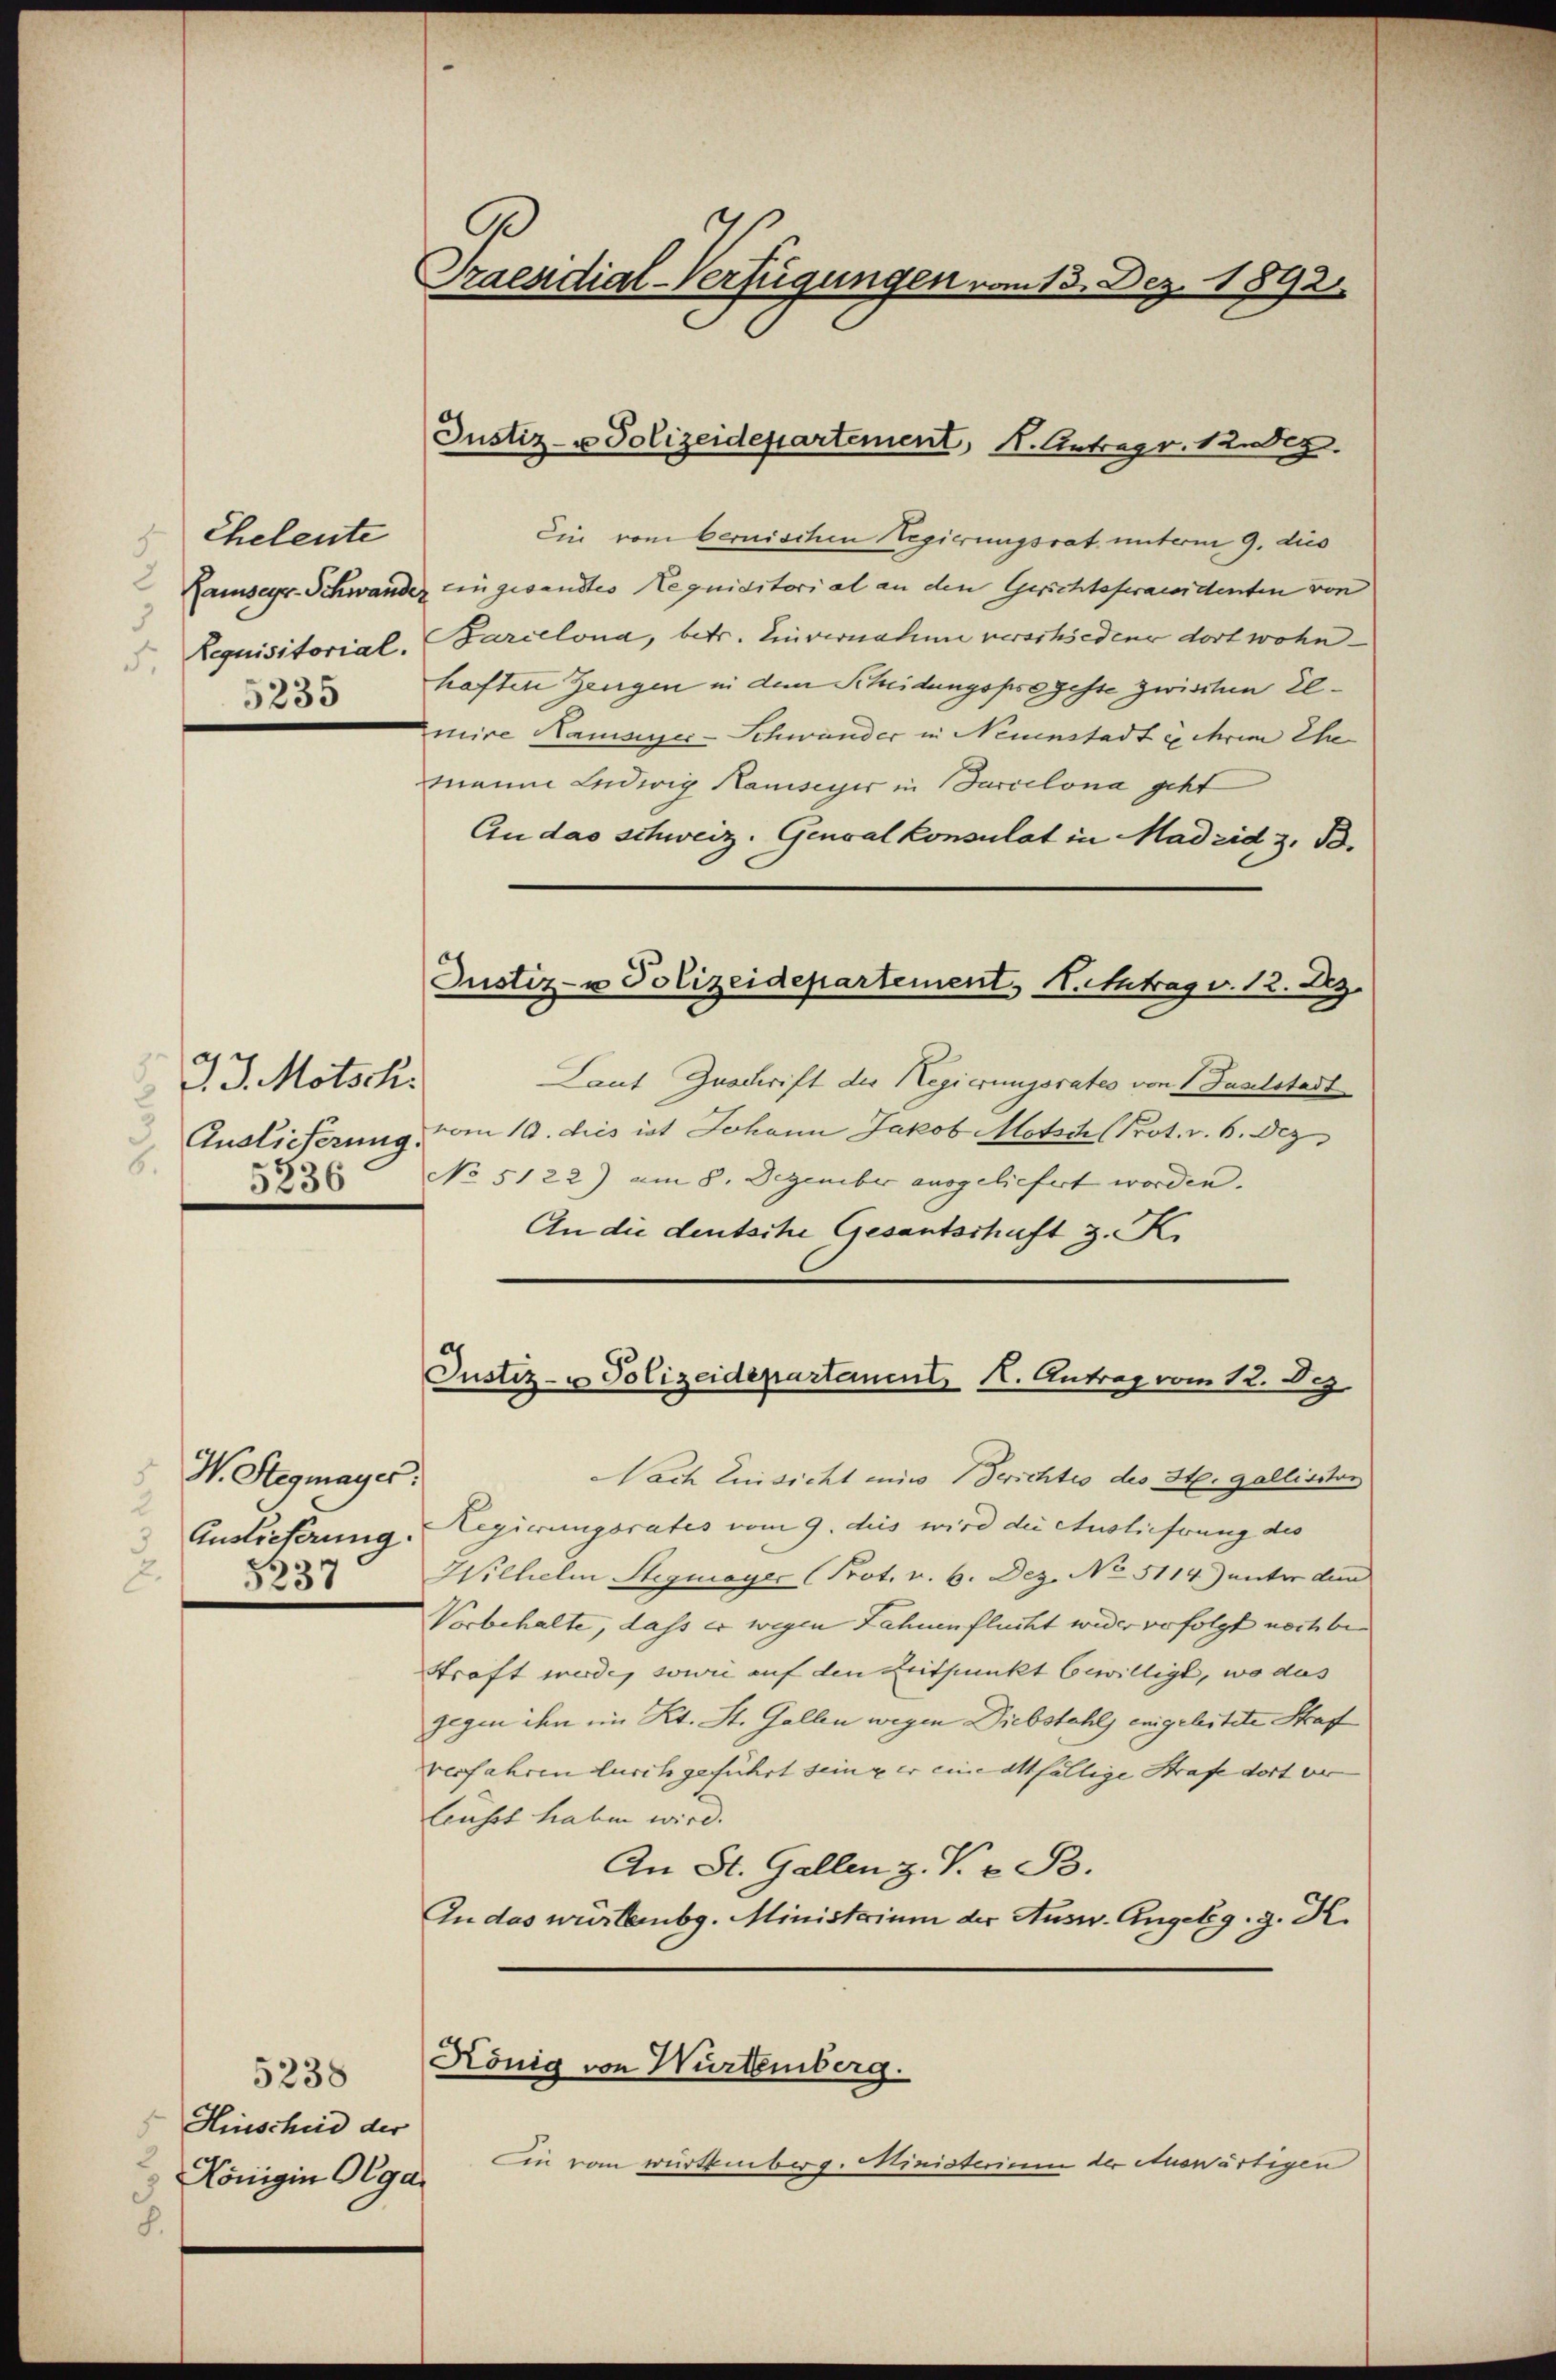
Eheleute
Gamsegr. Schwande
Requisitorial.
5235

J. J. Motsch.
Auslieferung.
6.
5236

.
W. Stegmayer.
Auslieferung.
25237

5238
Hinscheid der
 Königin Olga
8.

A
Praesidial-Verfügungen vom 13. Dez. 1892

Justiz- u Polizeidepartement, K. Antrag v. 12. Dez.

Ein vom bernischen Regierungsrat unterm 9. dies
Eingesandtes Requisitorial an den Gerichtsfraudenten von
Barcelona, betr. Einvernahme verschiedener dort wohnhaften Zeugen in dem Scheidungsprogeste zwischen Elmire Hammer-Schwander in Neuenstadt u ihrem Ehe
manne Ludwig Kamiseyer in Barcelona geht
An das schweiz. Genval Konsulat in Madrid z. B.
Laut Zuschrift der Regierungsrates von 1 Faselstadt
vom 10. dies ist Johann Jakob Motsch (Prot. v. 6. Dez
No 5122) am 8. Dezember ausgeliefert worden.
An die deutsche Gesantschaft z. K.
Justiz- u Polizeidepartament, K. Antrag vom 12. Dez.
Nach Einsicht ein Serichtes des St. Gallisstor
Legierungsrates vom 9. dies wird die Auslieferung des
Wilhelm Stegmayer (Prot. v. 6. Dez. No 5114) unter den
Vorbehalte, dass er wegen Lahnenflücht wider verfolgt noch be¬
Straft werde, sowie auf den Zeitpunkt bewilligt, wo das
gegen ihn im Kt. St. Gallen wegen Diebstahls engeleitete Straf
verfahren durch geführt seine er eine allfällige Strafe dort ver
lusst haben wird.
An St. Gallen z. T. z. B.
In das würtembg. Ministerium der Ausw. Angelg. g. K.
König von Würtemberg.
Die vom würtemberg. Ministerium der Auswärtigen

Justiz- u Polizeidepartement, H. utrag v. 12. Bz.